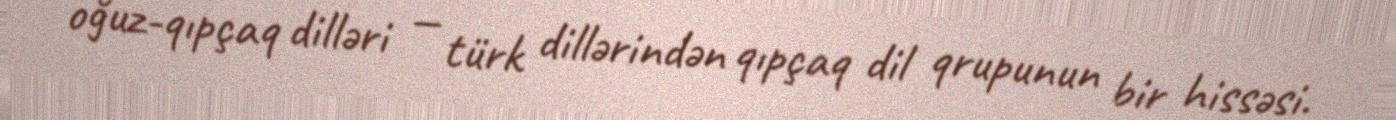
oğuz-qıpçaq dilləri — türk dillərindən qıpçaq dil qrupunun bir hissəsi.